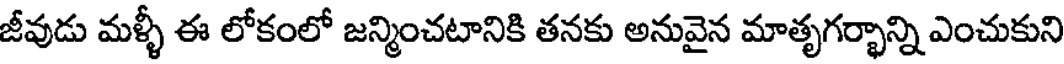
జీవుడు మళ్ళీ ఈ లోకంలో జన్మించటానికి తనకు అనువైన మాతృగర్భాన్ని ఎంచుకుని